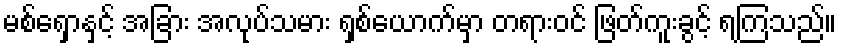
မစ်ရှောနှင့် အခြား အလုပ်သမား ရှစ်ယောက်မှာ တရားဝင် ဖြတ်ကူးခွင့် ရကြသည်။